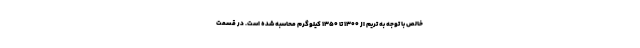
خالص با توجه به تریم از 1300 تا 1350 کیلوگرم محاسبه شده است. در قسمت